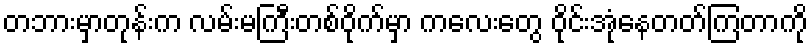
တဘားမှာတုန်းက လမ်းမကြီးတစ်ဝိုက်မှာ ကလေးတွေ ဝိုင်းအုံနေတတ်ကြတာကို